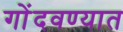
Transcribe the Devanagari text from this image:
गोंदवण्यात